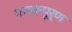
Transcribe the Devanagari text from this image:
गमकपूर्ण